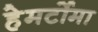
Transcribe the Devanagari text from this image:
हेमर्टोमा